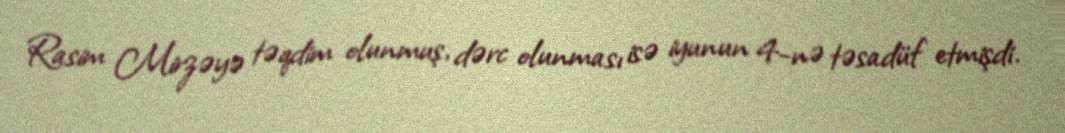
Rasim Mirzəyə təqdim olunmuş, dərc olunması isə iyunun 4-nə təsadüf etmişdi.